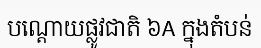
បណ្តោយផ្លូវជាតិ ៦A ក្នុងតំបន់